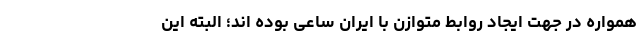
همواره در جهت ایجاد روابط متوازن با ایران ساعی بوده اند؛ البته این